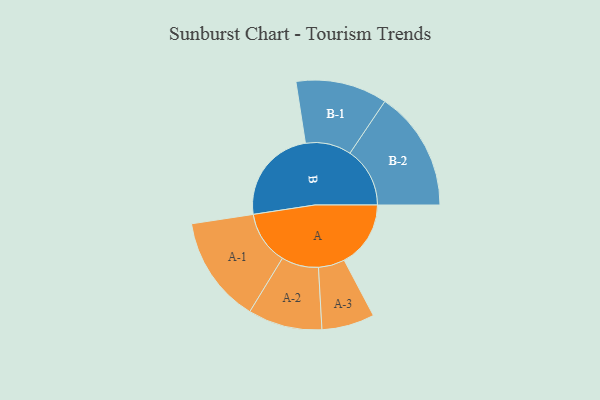
{"axis": {"x": "Segment", "y": "Value"}, "legend": ["", "A", "B"], "data": [{"x": "A", "y": 305, "type": ""}, {"x": "B", "y": 441, "type": ""}, {"x": "A-1", "y": 245, "type": "A"}, {"x": "A-2", "y": 170, "type": "A"}, {"x": "A-3", "y": 121, "type": "A"}, {"x": "B-1", "y": 210, "type": "B"}, {"x": "B-2", "y": 275, "type": "B"}]}